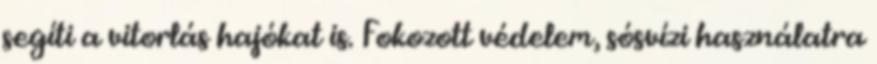
segíti a vitorlás hajókat is. Fokozott védelem, sósvízi használatra